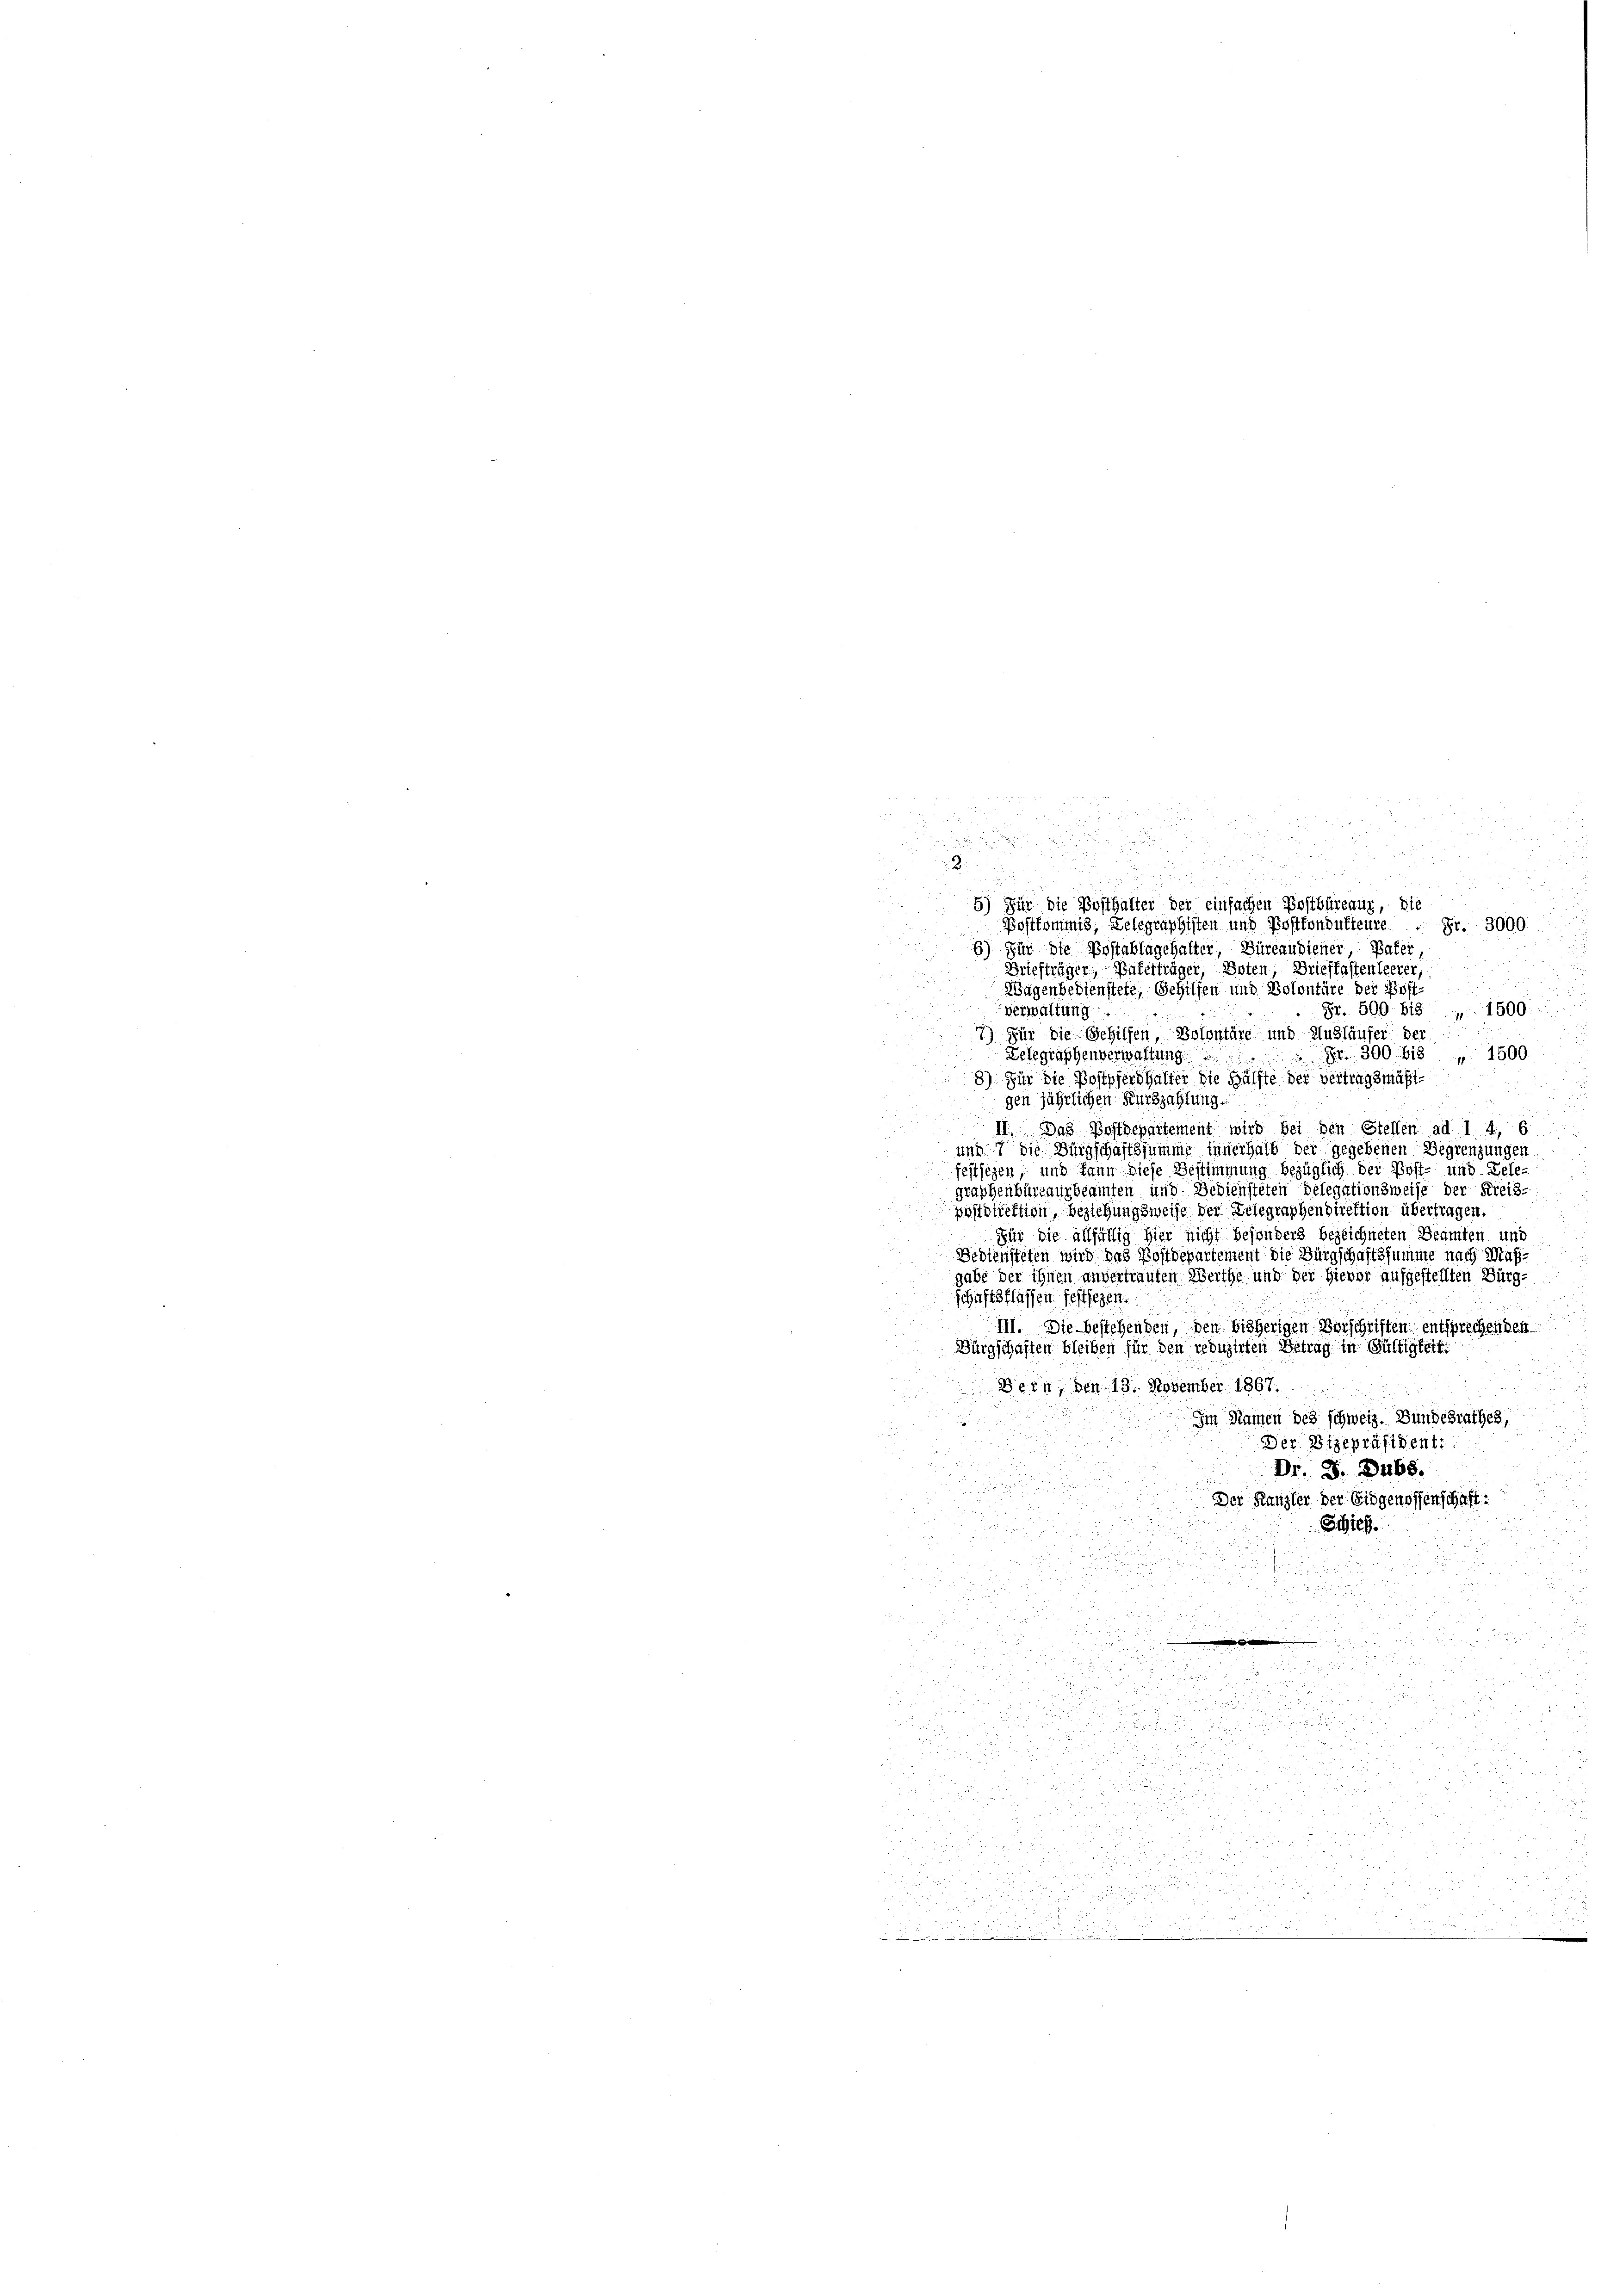
5
5
.

d

5) Für die Posthalter der einfachen Postbüreauz, die
Postkommis, Gelegraphisten und Postfondukteure. Fr. 3000.
6) Für die Postablagehalter, Büreaudiener, Pater,
u
Briefträger, Vaterträger, Boten, Briefkastenleerer,
.
Wagenbedienstete, Gehilfen und Bolontäre der Post-
Fr. 509 bis " 1500
verwaltung
Für die Gehilfen, Polontäre und Ausläufer der
 Lelegraphenverwaltung
2 Fr. 300 bis 1500.
8) Für die Postpferd halter die Hälfte der vertragsmäßigen jährlichen Kurkzahlung.
II. Das Bostdepartement wird bei den Stellen ad 1. 4, 6
und 7 die Bürgschaftssumme innerhalb der gegebenen Begrenzungen
festiegen und kann diese Bestimmung bezüglich der Post- und Dele-
graphenbüreausbeamten und Bediensteten belegationsweise der Kreis-
postdirektion, beziehungsweise der Delegraphendirektion übertragen.
Für die allfällig hier nicht besonders bezeichneten Beamten, und
Bediensteten wird das Postdepartement die Bürgschaftssumme nach Maßgabe der ihnen unvertrauten Werthe und der Hievor aufgestellten Bürg-
schaftsflassen festiegen.
III. Die bestehenden, den bisherigen Vorschriften entsprechenden
Bürgschaften bleiben für den reduzirten Betrag in seitige
Bern, den 13. November 1867.
Im Namen des schweiz. Bundesrathes,
Der Vizepräsident:
d
Dr. S. 468.

Der Kanzler der Eidgenossenschaft:
Stief
u

5
a

.

i
2

u
.

i
i
.
d
.